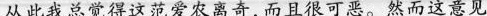
从此我总觉得这范爱农离奇,而且很可恶。然而这意见